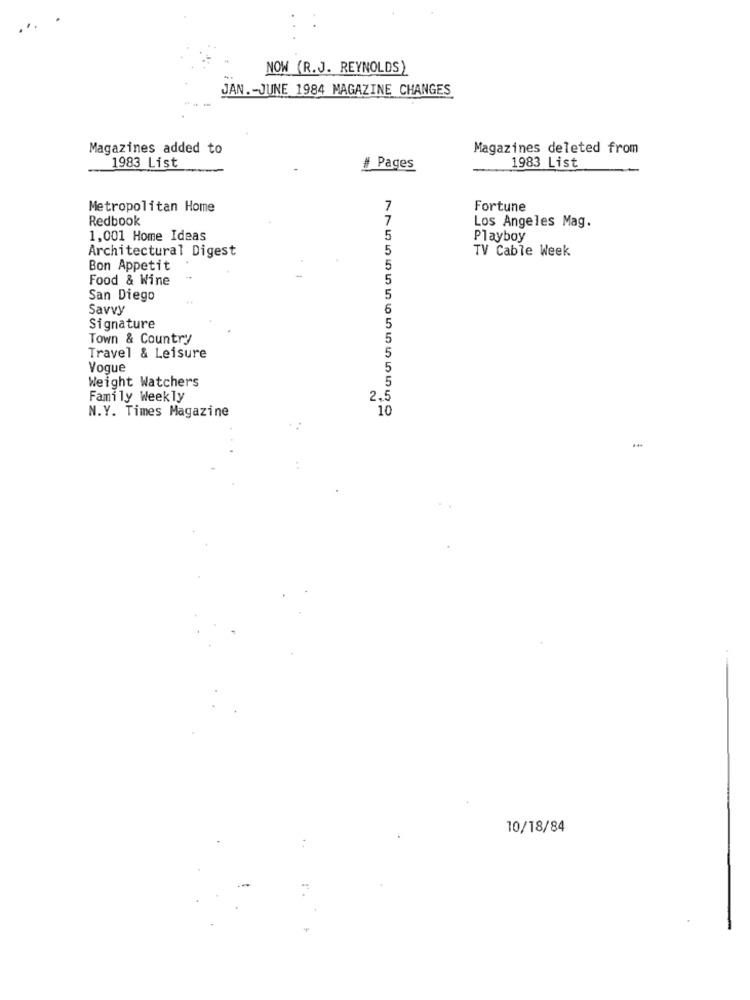
...
NOW (R.J. REYNOLDS)
JAN .- JUNE 1984 MAGAZINE CHANGES
Magazines added to
Magazines deleted from
1983 List
1983 List
# Pages
Metropolitan Home
7
Fortune
Redbook
7
Los Angeles Mag.
1,001 Home Ideas
5
Playboy
Architectural Digest
5
TV Cable Week
Bon Appetit
5
Food & Wine
5
San Diego
5
Savvy
6
Signature
5
Town & Country
5
Travel & Leisure
5
Vogue
Weight Watchers
Family Weekly
2.5
N.Y. Times Magazine
10
10/18/84